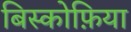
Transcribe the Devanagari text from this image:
बिस्कोफ़िया